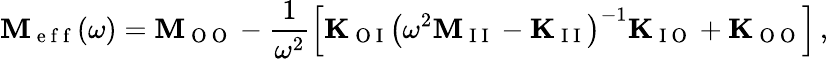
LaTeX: \mathbf{M}_{\mathrm{~e~f~f~}}(\omega)=\mathbf{M}_{\mathrm{~O~O~}}-\frac{1}{\omega^{2}}\left[\mathbf{K}_{\mathrm{~O~I~}}\left(\omega^{2}\mathbf{M}_{\mathrm{~I~I~}}-\mathbf{K}_{\mathrm{~I~I~}}\right)^{-1}\mathbf{K}_{\mathrm{~I~O~}}+\mathbf{K}_{\mathrm{~O~O~}}\right]\, ,